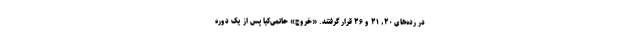
در رده‌های ۲۰، ۲۱ و ۲۶ قرار گرفتند. «خروج» حاتمی‌کیا پس از یک دوره